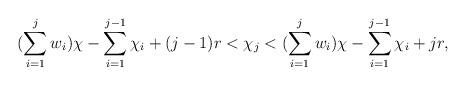
LaTeX: \begin{align*}(\sum\limits_{i =1}^{j} w_i) \chi - \sum\limits_{i=1}^{j-1} \chi_i +(j-1)r < \chi_j < (\sum\limits_{i =1}^{j} w_i) \chi - \sum\limits_{i=1}^{j-1} \chi_i + jr,\end{align*}